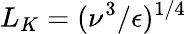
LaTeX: L_{K}=(\nu^{3}/\epsilon)^{1/4}